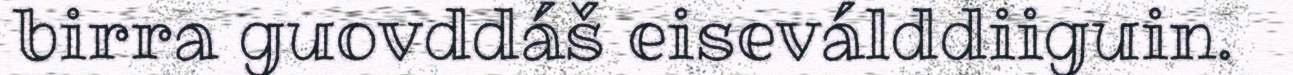
birra guovddáš eiseválddiiguin.